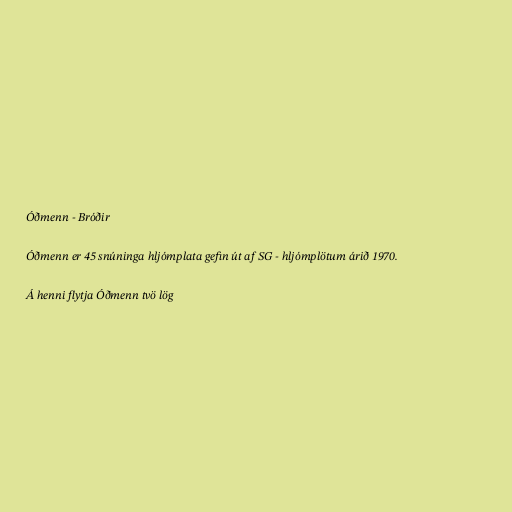
Óðmenn - Bróðir

Óðmenn er 45 snúninga hljómplata gefin út af SG - hljómplötum árið 1970.

Á henni flytja Óðmenn tvö lög